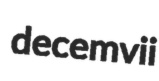
decemvii